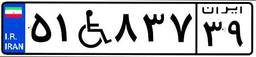
۵۱W۸۳۷۳۹